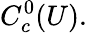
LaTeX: C_{c}^{0}(U).